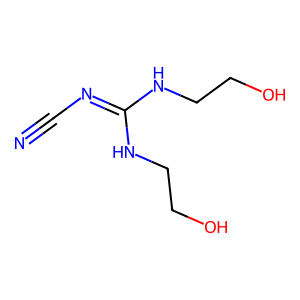
SMILES: N#CN=C(NCCO)NCCO
Inhibits HIV replication: No